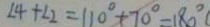
\angle 4 + \angle 2 = 1 1 0 ^ { \circ } + 7 0 ^ { \circ } = 1 8 0 ^ { \circ }